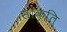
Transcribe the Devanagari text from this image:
सांकृति